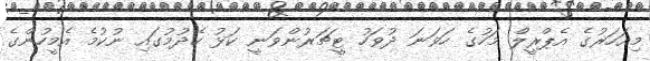
މިއަހަރުގެ އެޕްރީލް މަހުގެ ހަވަނަ ދުވަހު ޓީޗަރުންވަނީ ކަޅު ހެދުމުގައި ނުކުމެ އެމީހުންގެ